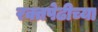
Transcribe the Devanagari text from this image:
रक्तपेढीच्या